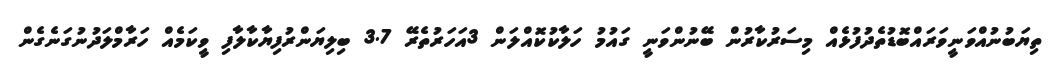
ތިޔަބުނުއްވަނީވަރައްބޮޑުތެދުފުޅެއް މިސަރުކާރުން ބޭނުންވަނީ ގައުމު ހަލާކުކޮއްލަން 3އަހަރުތެރޭ 3.7 ބިލިޔަންރުފިޔާކާލާފި ވީކަމެއް ހަރާމްލަދުނުގަނެގެން